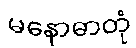
မနောဓာတုံ